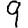
Digit: 9